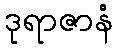
ဒုရာဇာနံ